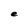
Character: e